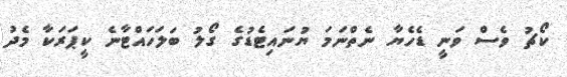
ކޯޗު ވެސް ވަނީ ޑެހެޔާ ނެތްނަމަ ޔުނައިޓެޑުގެ ގޯލު ބަލަހައްޓާނެ ކީޕަރަކާ މެދު